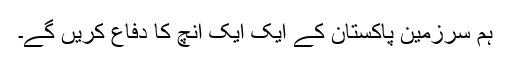
ہم سرزمین پاکستان کے ایک ایک انچ کا دفاع کریں گے۔